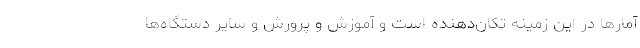
آمارها در این زمینه تکان‌دهنده است و آموزش و پرورش و سایر دستگاه‌ها